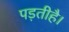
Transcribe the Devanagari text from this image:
पड़तीहै।